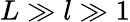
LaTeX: L\gg l\gg 1